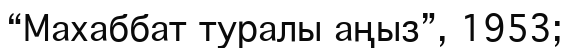
“Махаббат туралы аңыз”, 1953;